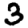
Digit: 3